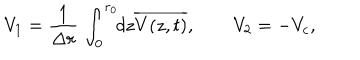
V _ { 1 } = \frac { 1 } { \Delta r } \, \int _ { 0 } ^ { r _ { 0 } } \! \! d z \overline { { { V ( z , t ) } } } , \quad \quad V _ { 2 } = - V _ { c } ,